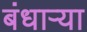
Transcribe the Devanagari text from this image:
बंधाऱ्या